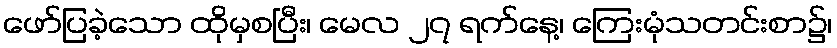
ဖော်ပြခဲ့သော ထိုမှစပြီး၊ မေလ ၂၇ ရက်နေ့၊ ကြေးမုံသတင်းစာ၌၊